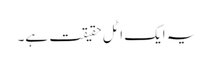
یہ ایک اٹل حقیقت ہے۔